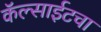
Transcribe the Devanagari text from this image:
कॅल्साईटचा